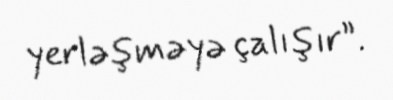
yerləşməyə çalışır”.